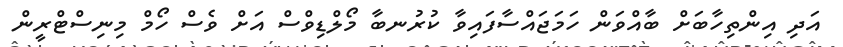
އަދި އިންތިހާބަށް ބާއްވަން ހަމަޖައްސާފައިވާ ކުރުނބާ މޯލްޑިވްސް އަށް ވެސް ހޯމް މިނިސްޓްރީން